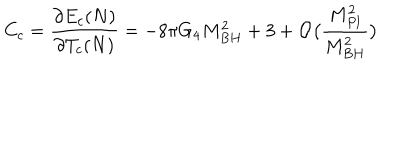
LaTeX: C _ { c } = \frac { \partial E _ { c } ( N ) } { \partial T _ { c } ( N ) } = - 8 \pi G _ { 4 } M _ { B H } ^ { 2 } + 3 + { \cal O } \big ( \frac { M _ { P l } ^ { 2 } } { M _ { B H } ^ { 2 } } \big )